Annual vaccination report of Bihar and Orissa - 1911-1928
Year: 1911
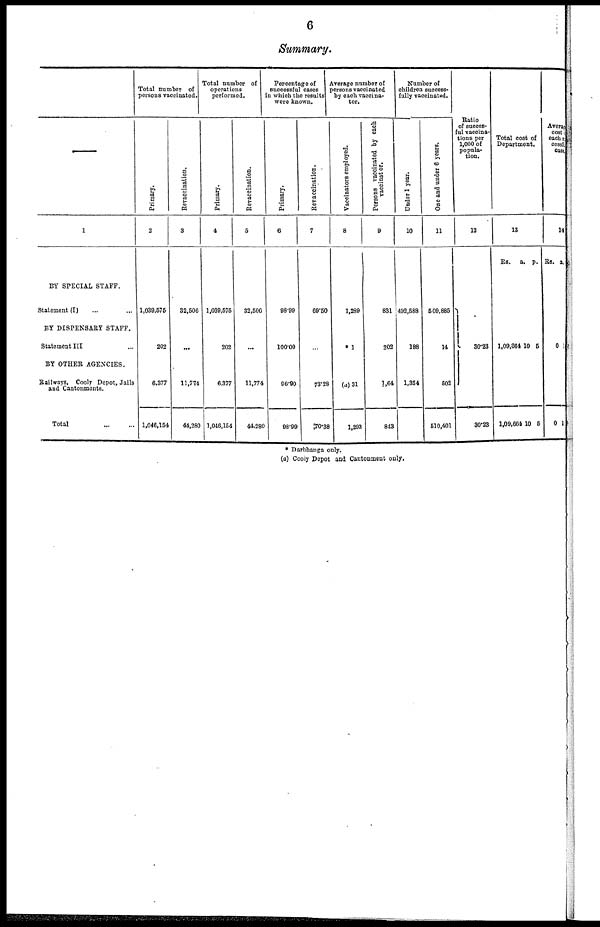
6
Summary.
—
1
BY SPECIAL STAFF.
Statement (I) ... ...
BY DISPENSARY STAFF.
Statement III ...
BY OTHER AGENCIES.
Railways, Cooly Depot, Jails
and Cantonments.
Total
...
...
Total number of
persons vaccinated.
Primary.
2
1,039,575
202
6,377
1,046,154
Revaccination.
3
32,506
...
11,774
44,280
Total number of
operations
performed.
Primary.
4
1,039,575
202
6,377
1,046,154
Revaccination.
5
32,506
...
11,774
44,280
Percentage of
successful cases
in which the results
were known.
Primary.
6
98.99
100.00
96.90
98.99
Revaccination.
7
69.50
...
73.28
70.38
Average number of
persons vaccinated
by each vaccina¬
tor.
Vaccinators employed.
8
1,289
*1
(a)31
1,293
Persons vaccinated by each
vaccinator.
9
831
202
1,64
843
Number of
children success-
fully vaccinated.
Under 1 year.
10
492,588
188
1,354
One and under 6 years.
11
509,885
14
502
510,401
Ratio
of succes¬
ful vaccina-
tions per
1,000 of
popula-
tion.
12
30.23
30.23
Total cost of
Department.
13
Rs.
a.
p.
1,09,664
1,09,664
10
10
5
5
Average
cost of
each suc¬
cessful
cases.
14
Rs. a.
0
0
1
1
* Darbhanga only.
(a) Cooly Depot and Cantonment only.